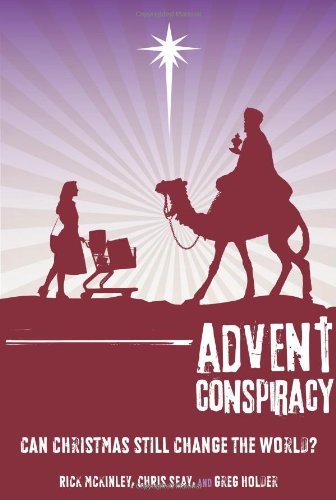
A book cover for Advent Conspiracy: Can Christmas Still Change the World?; Rick McKinley; Christian Books & Bibles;